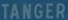
TANGER